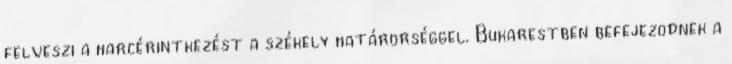
felveszi a harcérintkezést a székely határõrséggel. Bukarestben befejezõdnek a